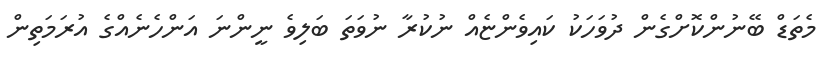
މެތަޑް ބޭނުންކޮށްގެން ދުވަހަކު ކައިވެންޏެއް ނުކުރާ ނުވަތަ ބަލިވެ ނީންނަ އަންހެނެއްގެ އުރަމަތިން